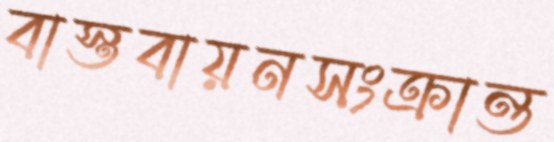
বাস্তবায়নসংক্রান্ত